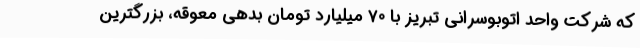
که شرکت واحد اتوبوسرانی تبریز با 70 میلیارد تومان بدهی معوقه، بزرگترین